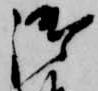
御